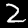
Label: 2